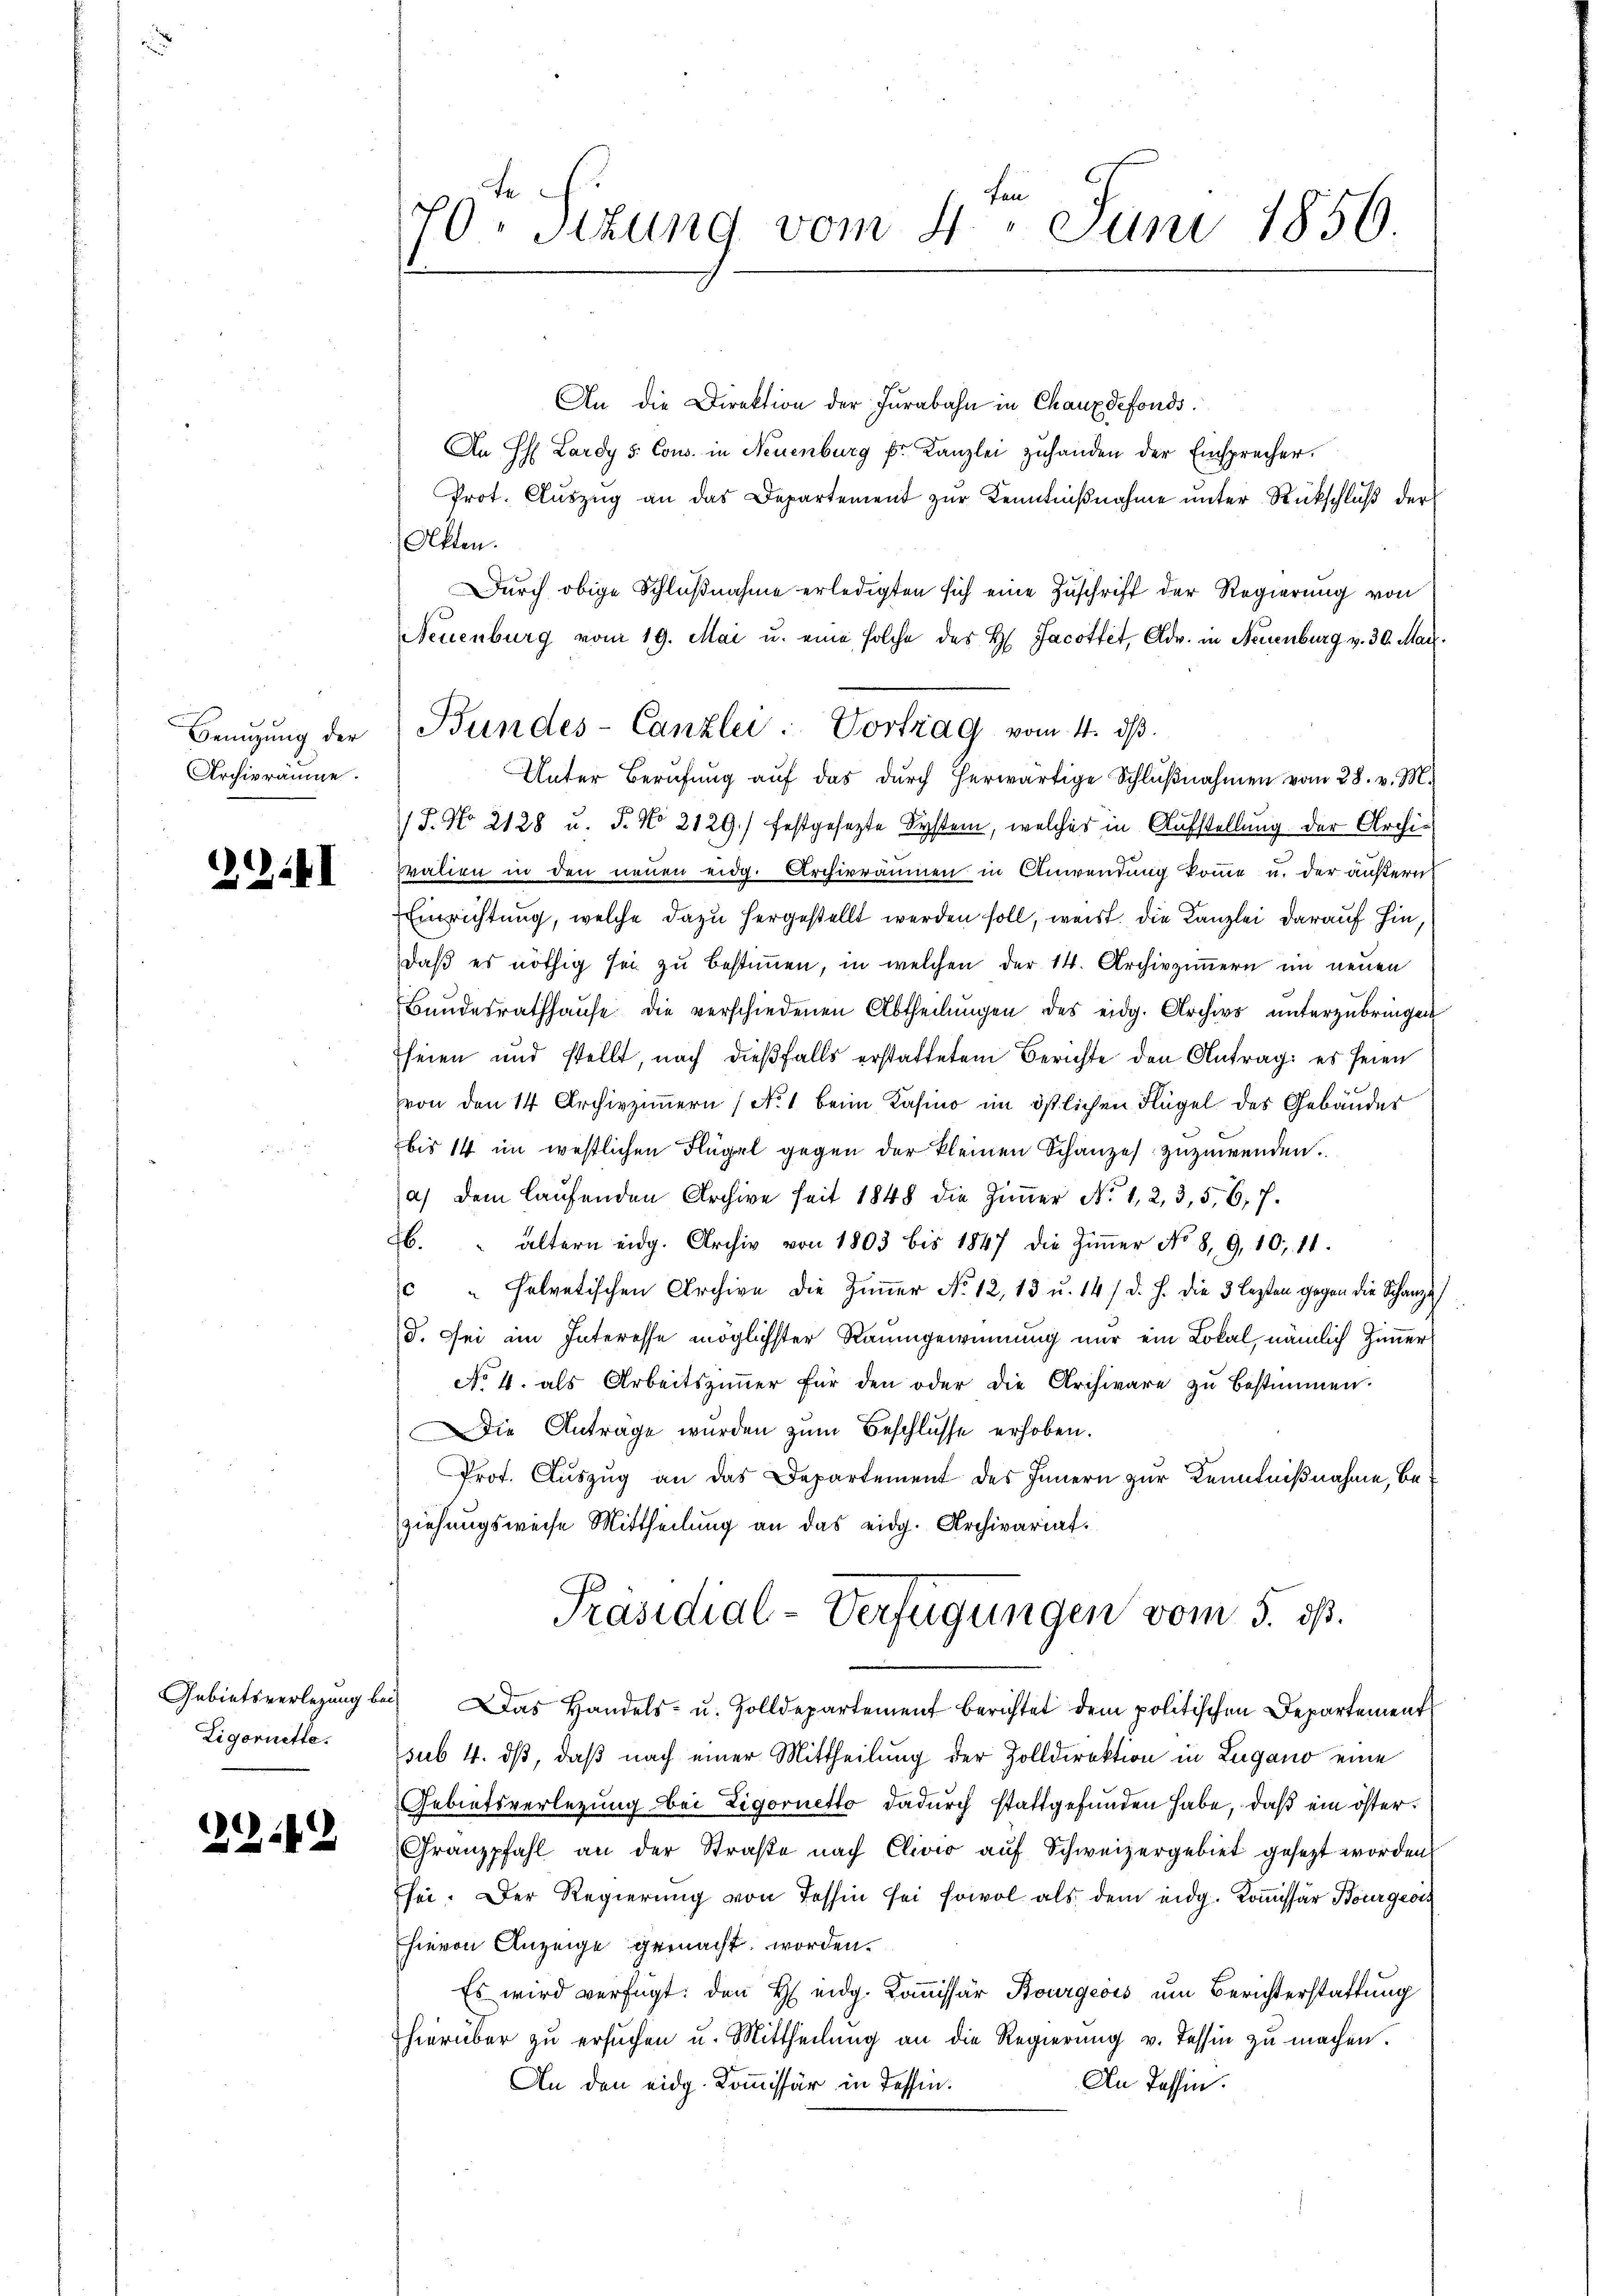
Benutzung der
Archivräume.

.4I

1242

Ligoriette.

An die Direktion der Furabahn in Chauxdefonds.
An H. Lardy d. Cons. in Neuenburg Fr. Kanzlei zuhanden der Einsprecher.
Prot. Aŭszŭg an das Departement zŭr Kenntniβnahme ŭnter Rückschlŭβ der
Akten.
Durch obige Schlußnahme erledigten sich eine Zuschrift der Regierung von
Neuenburg vom 19. Mai u. eine solche des H. Jacottet, Adv. in Neuenburg v. 30. May.
Unter Berufung aŭf das dŭrch herwärtige Schlŭβnahmen vom 28. v. M.
/5. No 2128 u. s. No 2129.) festgesezte System, welches in Aufstellung der Archi¬
Fralien in den neuen eidg. Archivräumen in Anwendung komme u. der äußern
Einrichtung, welche dazu hergestellt werden soll, weist. Die Kanzlei darauf hin,
daß es nöthig sei zu bestimmen, in welchen der 14. Archivzimmern im neuen
Bundesrathhaŭse die verschiedenen Abtheilŭngen des eidg. Archivs ŭnterzŭbringen
seien und stellt, nach dießfalls erstattetem Berichte den Antrag: es seien
von den 14 Archivzimmern (No. 1 beim Kasino im östlichen Flügel des Gebäuder
bis 14 im westlichen Flügel gegen der kleinen Schanzes zuzuwenden.
a) dem laŭfenden Archive seit 1848 die Zimmer No 1, 2, 3, 5, 6, 7.
6. " ältern eidg. Archiv von 1803 bis 1847 die Ziṁer No 8, 9, 10, 11.
c " Helvetischen Archive die Ziṁer No. 12, 13 u. 14. d. J. die 3 lezten gegen die Schanze
d. Sei im Interesse möglichster Raumgewinnung nur ein Lokal, nämlich Zimmer¬
No 4. als Arbeitszimmer für den oder die Archivare zŭ bestimmen.
Die Anträge wurden zum Beschlusse erhoben.
Prot. Auszug an das Departement des Innern zur Kenntnißnahme, beziehungsweise Mittheilung an das eidg. Archivariat¬
Präsidial-Verfügungen vom 5. ds.
Gebietsverlegung bei. Das Handels- u. Zolldepartement berichtet dem politischen Departement
sub 4. ds, daß nach einer Mittheilung der Zolldirektion in Lugano eine
Gebietsverlegung bei Zigornetto dadurch stattgefunden habe, daß ein öster.
Granzpfahl an der Straβe nach Clivis aŭf Schweizergebiet gesetzt worden.
sei. Der Regierŭng von Tessin sei sowol als dem eidg. Koṁissar Bourgeor
hievon Anzeige gemacht worden.
Es wird verfügt: den H eidg. Koṁissär Bourgeois um Berichterstattung
hierüber zu ersuchen u. Mittheilung an die Regierung v. Tessin zu machen.
An Tessin.
An den eidg. Kommissär in Tessin.

te
70. Sizung vom 4. Juni 1856.

Bundes-Canzlei- Vortrag vom 4. ds.